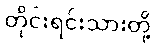
တိုင်းရင်းသားတို့